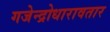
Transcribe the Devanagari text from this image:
गजेन्द्रोधारावतार